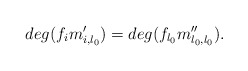
\begin{align*} deg(f_i m'_{i,l_0})=deg(f_{l_0}m''_{l_0,l_0}).\end{align*}